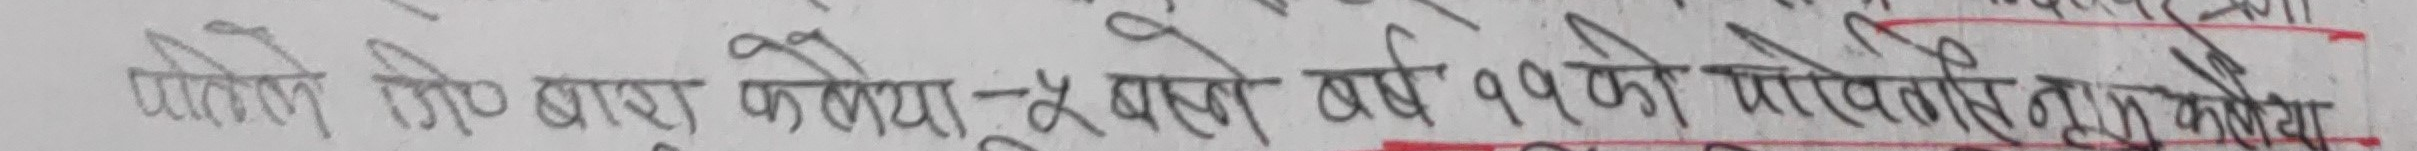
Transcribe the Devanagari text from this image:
पहिले जो आए, फलोसू बसे, बर्ष ११ को परियातिन्तामा काटिया